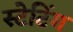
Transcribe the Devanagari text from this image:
स्टेटिंग